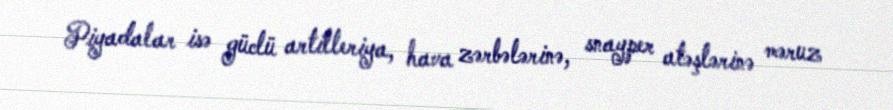
Piyadalar isə güclü artilleriya, hava zərbələrinə, snayper atəşlərinə məruz